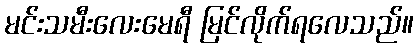
မင်းသမီးလေးမေရီ မြင်လိုက်ရလေသည်။